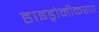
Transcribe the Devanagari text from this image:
हाइड्रोनीकरण